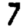
Digit: 7